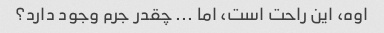
اوه، این راحت است، اما ... چقدر جرم وجود دارد؟